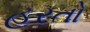
હરતો